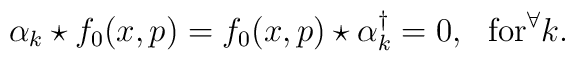
\alpha_k \star f_0(x,p)=f_0(x,p) \star \alpha_k^\dagger=0, ~~{\rm for} ^\forall k.